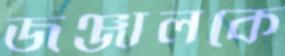
জঞ্জালকে